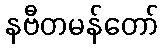
နဗီတမန်တော်